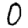
Digit: 0